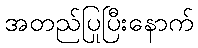
အတည်ပြုပြီးနောက်